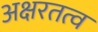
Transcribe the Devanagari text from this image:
अक्षरतत्व